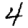
Digit: 4